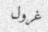
غرول